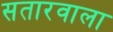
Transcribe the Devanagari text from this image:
सतारवाला